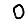
Digit: 0